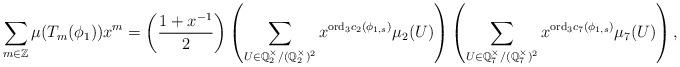
LaTeX: \begin{align*}\sum_{m\in \mathbb{Z}} \mu(T_m(\phi_1)) x^m = \left(\frac{1+x^{-1}}{2}\right) \left(\sum_{U \in \mathbb{Q}_2^\times/(\mathbb{Q}_2^\times)^2} x^{\mathrm{ord}_3 c_2(\phi_{1,s})}\mu_2(U) \right) \left(\sum_{U \in \mathbb{Q}_7^\times/(\mathbb{Q}_7^\times)^2} x^{\mathrm{ord}_3 c_7(\phi_{1,s})} \mu_7(U)\right),\end{align*}